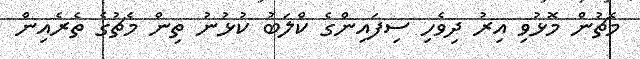
މެޗުން މޮޅުވި އިރު ދިވެހި ސިފައިންގެ ކްލަބު ކުޅުނު ތިން މެޗުގެ ތެރެއިން